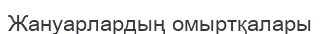
Жануарлардың омыртқалары